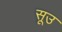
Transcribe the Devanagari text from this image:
सूउ